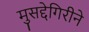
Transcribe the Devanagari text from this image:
मुसद्देगिरीने